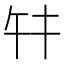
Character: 𢆏